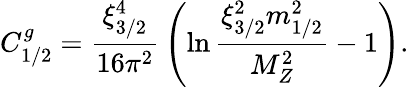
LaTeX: C_{1/2}^{g}={\frac{\xi_{3/2}^{4}}{16\pi^{2}}}\left(\ln{\frac{\xi_{3/2}^{2}m_{1/2}^{2}}{M_{Z}^{2}}}-1\right).